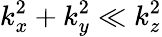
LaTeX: k_{x}^{2}+k_{y}^{2}\ll k_{z}^{2}